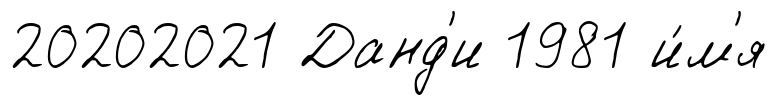
20202021 Данд'и 1981 и́м'я